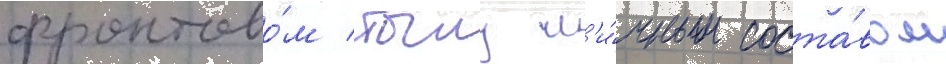
фронтово́м тылу л'и́чным соста́вом